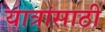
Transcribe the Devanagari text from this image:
यात्रांसाठी